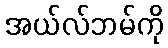
အယ်လ်ဘမ်ကို